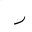
Letter: _ra